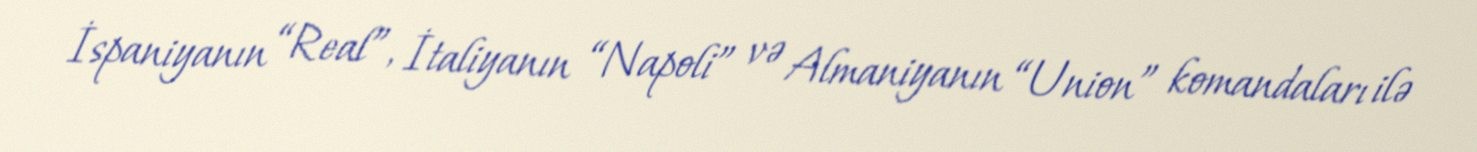
İspaniyanın “Real”, İtaliyanın “Napoli” və Almaniyanın “Union” komandaları ilə